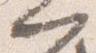
門